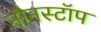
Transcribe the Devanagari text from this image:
नौनस्टॉप